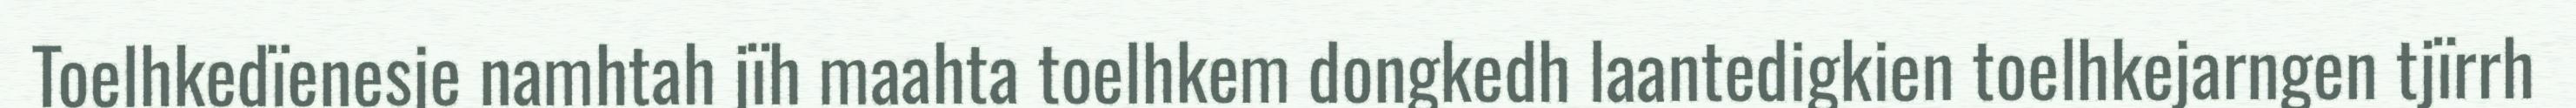
Toelhkedïenesje namhtah jïh maahta toelhkem dongkedh laantedigkien toelhkejarngen tjïrrh